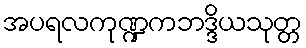
အပရလကုဏ္ဍကဘဒ္ဒိယသုတ္တ